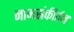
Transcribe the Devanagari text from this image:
नामसंकीर्तन